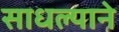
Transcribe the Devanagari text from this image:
साधल्याने